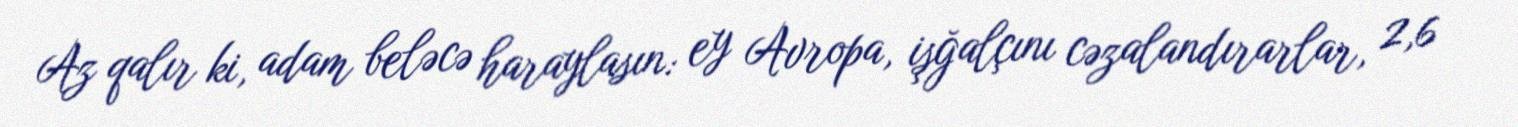
Az qalır ki, adam beləcə haraylasın: ey Avropa, işğalçını cəzalandırarlar, 2,6